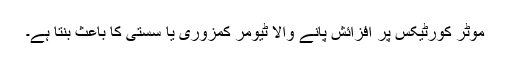
موٹر کورٹیکس پر افزائش پانے والا ٹیومر کمزوری یا سستی کا باعث بنتا ہے۔